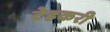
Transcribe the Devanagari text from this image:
टेहकरी